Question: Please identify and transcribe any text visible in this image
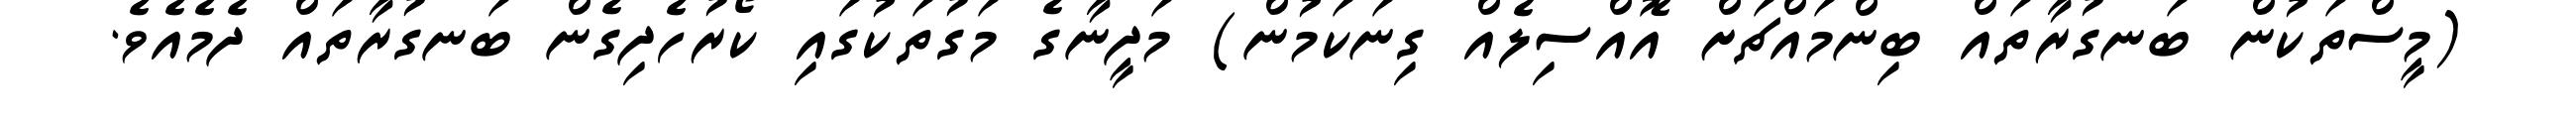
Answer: (މީސްތަކުން ބަނގުރާތައް ބިންމައްޗަށް އޮއްސިލެއް ގިނަކަމުން) މަދީނާގެ މަގުތަކުގައި ކޯރުހެދިގެން ބަނގުރާތައް ދެމެއެވެ.